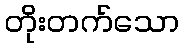
တိုးတက်သော